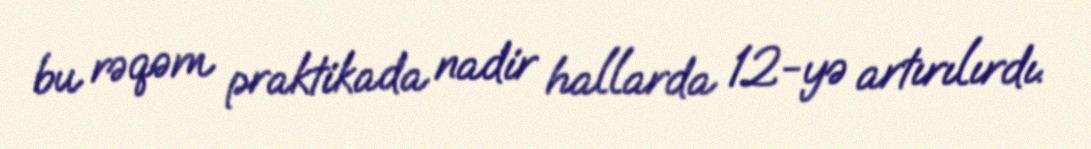
bu rəqəm praktikada nadir hallarda 12-yə artırılırdı.